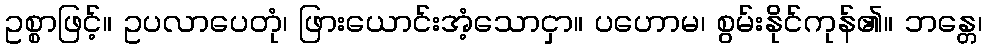
ဥစ္စာဖြင့်။ ဥပလာပေတုံ၊ ဖြားယောင်းအံ့သောငှာ။ ပဟောမ၊ စွမ်းနိုင်ကုန်၏။ ဘန္တေ၊